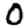
Digit: 0